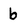
Character: b